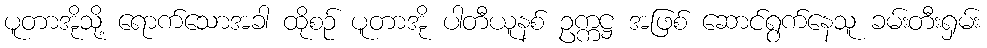
ပူတာအိုသို့ ရောက်သောအခါ ထိုစဉ် ပူတာအို ပါတီယူနစ် ဥက္ကဋ္ဌ အဖြစ် ဆောင်ရွက်နေသူ ခမ်းတီးရှမ်း